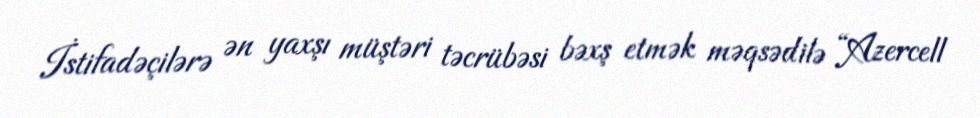
İstifadəçilərə ən yaxşı müştəri təcrübəsi bəxş etmək məqsədilə “Azercell